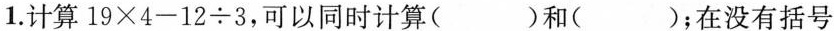
1.计算 $$1 9 \times 4 - 1 2 \div 3$$ ，可以同时计算( )和( )；在没有括号